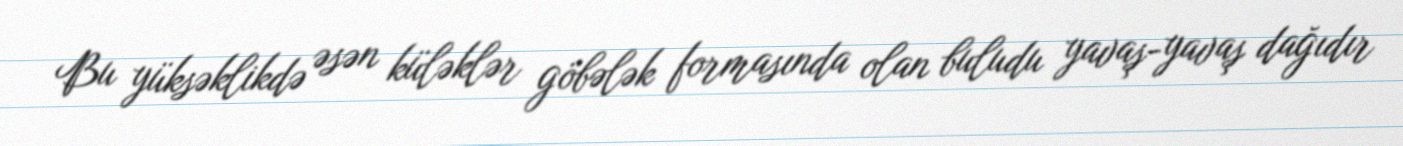
Bu yüksəklikdə əsən küləklər göbələk formasında olan buludu yavaş-yavaş dağıdır